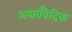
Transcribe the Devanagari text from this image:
अथर्ववैदिक